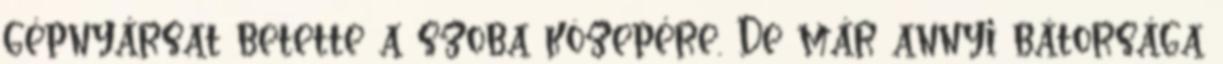
gépnyársat betette a szoba közepére. De már annyi bátorsága